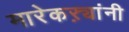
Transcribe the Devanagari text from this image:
मारेकऱ्यांनी